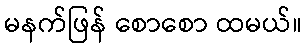
မနက်ဖြန် စောစော ထမယ်။